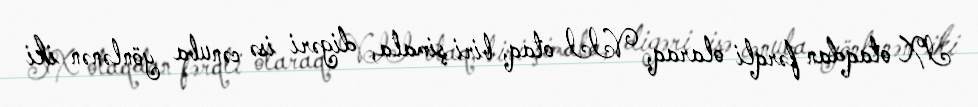
IX otaqdan fərqli olaraq, VII otaq, biri şimala, digəri isə cənuba yönlənən iki